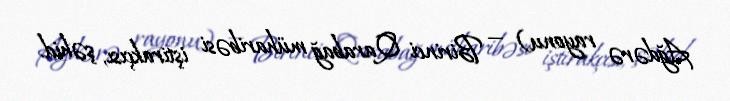
Ağdərə rayonu) — Birinci Qarabağ müharibəsi iştirakçısı, şəhid.